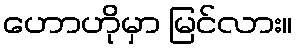
ဟောဟိုမှာ မြင်လား။